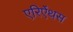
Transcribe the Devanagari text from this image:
एरिऐंथस